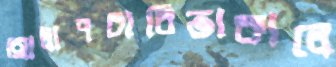
আলাপচারিতাকালে